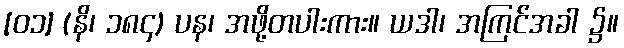
[၀၁] (နိ၊ ၁၈၄) ပန၊ အဖို့တပါးကား။ ယဒါ၊ အကြင်အခါ ၌။